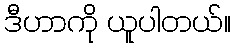
ဒီဟာကို ယူပါတယ်။